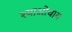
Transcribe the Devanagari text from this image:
श्याओचाय